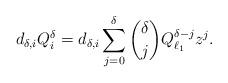
LaTeX: \begin{align*}d_{\delta,i}Q_i^\delta=d_{\delta,i}\sum\limits_{j=0}^\delta\binom\delta jQ_{\ell_1}^{\delta-j}z^j.\end{align*}